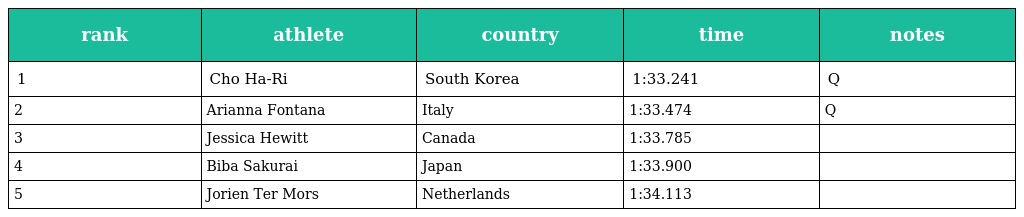
| rank | athlete | country | time | notes |
 | --- | --- | --- | --- | --- |
 | 1 | Cho Ha-Ri | South Korea | 1:33.241 | Q |
 | 2 | Arianna Fontana | Italy | 1:33.474 | Q |
 | 3 | Jessica Hewitt | Canada | 1:33.785 |  |
 | 4 | Biba Sakurai | Japan | 1:33.900 |  |
 | 5 | Jorien Ter Mors | Netherlands | 1:34.113 |  |